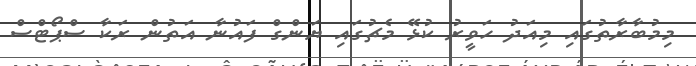
މިމުބާރާތުގައި މިއަދު ހަވީރު ކުޅޭ މެޗުގައި ޔަންގް ފައުނާ އަތުން ރަކާ ސްޕޯޓްސް